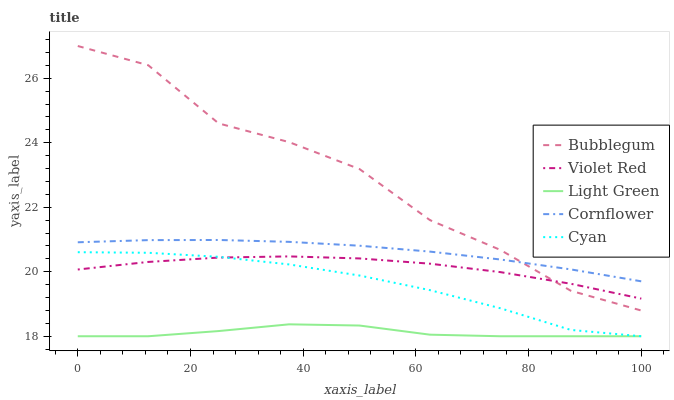
| xaxis_label | Bubblegum | Violet Red | Light Green | Cornflower | Cyan |
 | --- | --- | --- | --- | --- | --- |
 | 0 | 27 | 20.1 | 18 | 20.9 | 20.6 |
 | 12.5 | 26.4 | 20.3 | 18 | 21 | 20.6 |
 | 25 | 24.6 | 20.4 | 18.2 | 21 | 20.5 |
 | 37.5 | 24 | 20.5 | 18.4 | 20.9 | 20.2 |
 | 50 | 23.2 | 20.4 | 18.3 | 20.8 | 19.9 |
 | 62.5 | 21.6 | 20.3 | 18 | 20.6 | 19.4 |
 | 75 | 20.7 | 20 | 18 | 20.4 | 18.9 |
 | 87.5 | 19.4 | 19.6 | 18 | 20.1 | 18.2 |
 | 100 | 18.8 | 19.2 | 18 | 19.7 | 18 |